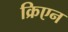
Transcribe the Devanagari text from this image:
क्रिएन